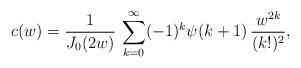
LaTeX: \begin{align*} c(w)=\frac{1}{J_{0}(2w)}\,\sum_{k=0}^{\infty}(-1)^{k} \psi(k+1)\,\frac{w^{2k}}{(k!)^{2}}, \end{align*}